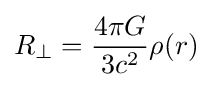
R_{\perp }={4\pi G \over {3c^{2}}}\rho (r)